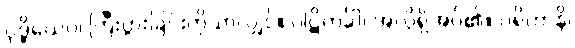
ဝုဒ္ဓိယေဝ၊ ကြီးပွားခြင်းကိုသာလျှင်။ ပါဋိကင်္ခါ၊ အလိုရှိအပ်၏။ ပရိဟာနိ၊